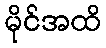
မိုင်အထိ